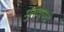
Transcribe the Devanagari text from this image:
गुंतवायचे